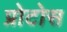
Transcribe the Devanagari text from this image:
प्रोटोस